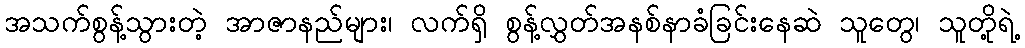
အသက်စွန့်သွားတဲ့ အာဇာနည်များ၊ လက်ရှိ စွန့်လွှတ်အနစ်နာခံခြင်းနေဆဲ သူတွေ၊ သူတို့ရဲ့